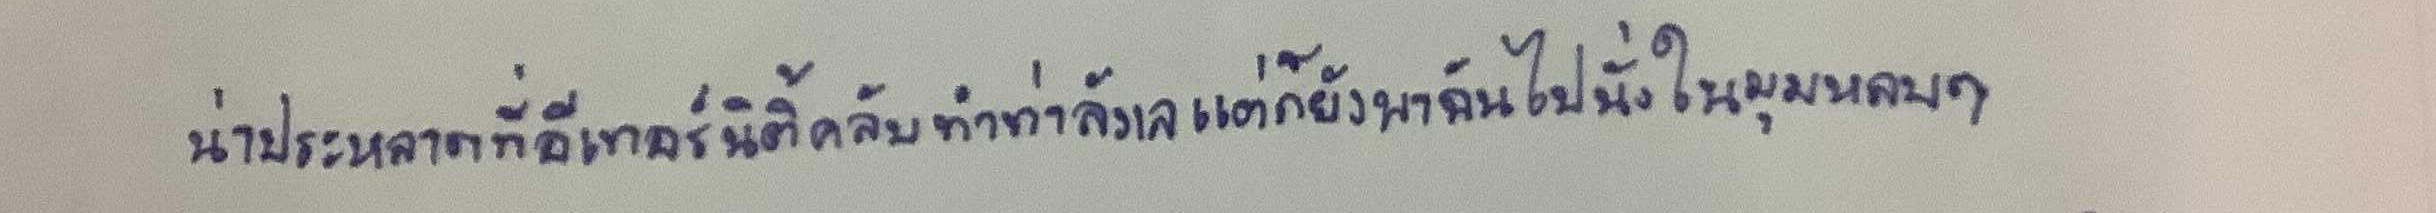
น่าประหลาดที่อีเทอร์นิตี้คลับทำท่าลังเลแต่ก็ยังพาฉันไปนั่งในมุมหลบๆ